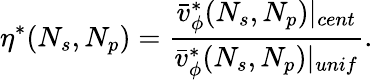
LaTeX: \eta^{*}(N_{s},N_{p})=\frac{\bar{v}_{\phi}^{*}(N_{s},N_{p})|_{cent}}{\bar{v}_{\phi}^{*}(N_{s},N_{p})|_{unif}}.